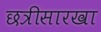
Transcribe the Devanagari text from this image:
छत्रीसारखा